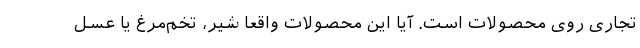
تجاری روی محصولات است. آیا این محصولات واقعا شیر، تخم‌مرغ یا عسل